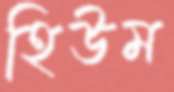
হিউম